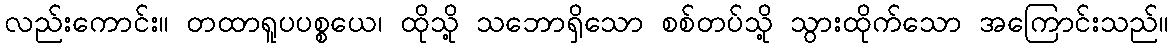
လည်းကောင်း။ တထာရူပပစ္စယေ၊ ထိုသို့ သဘောရှိသော စစ်တပ်သို့ သွားထိုက်သော အကြောင်းသည်။